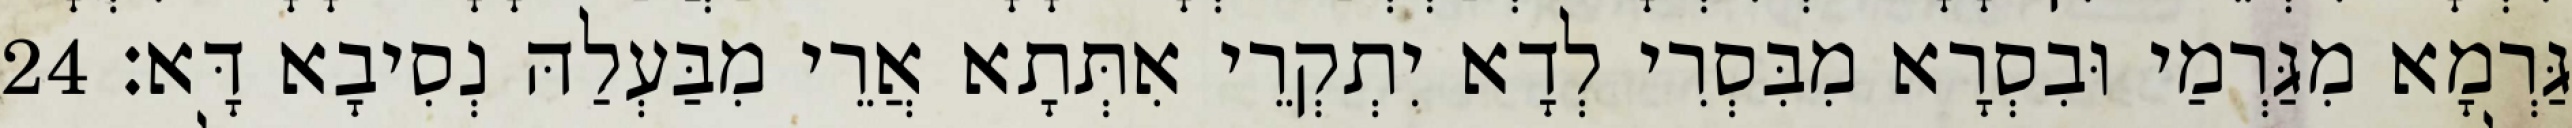
גַּרְמָא מִגַּרְמַי וּבִסְרָא מִבִּסְרִי לְדָא יִתְקְרֵי אִתְּתָא אֲרֵי מִבַּעְלַהּ נְסִיבָא דָּא׃ 24